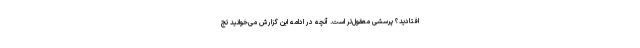
افتادید؟ پرسشی معقول‌تر است. آنچه در ادامه این گزارش می‌خوانید تج